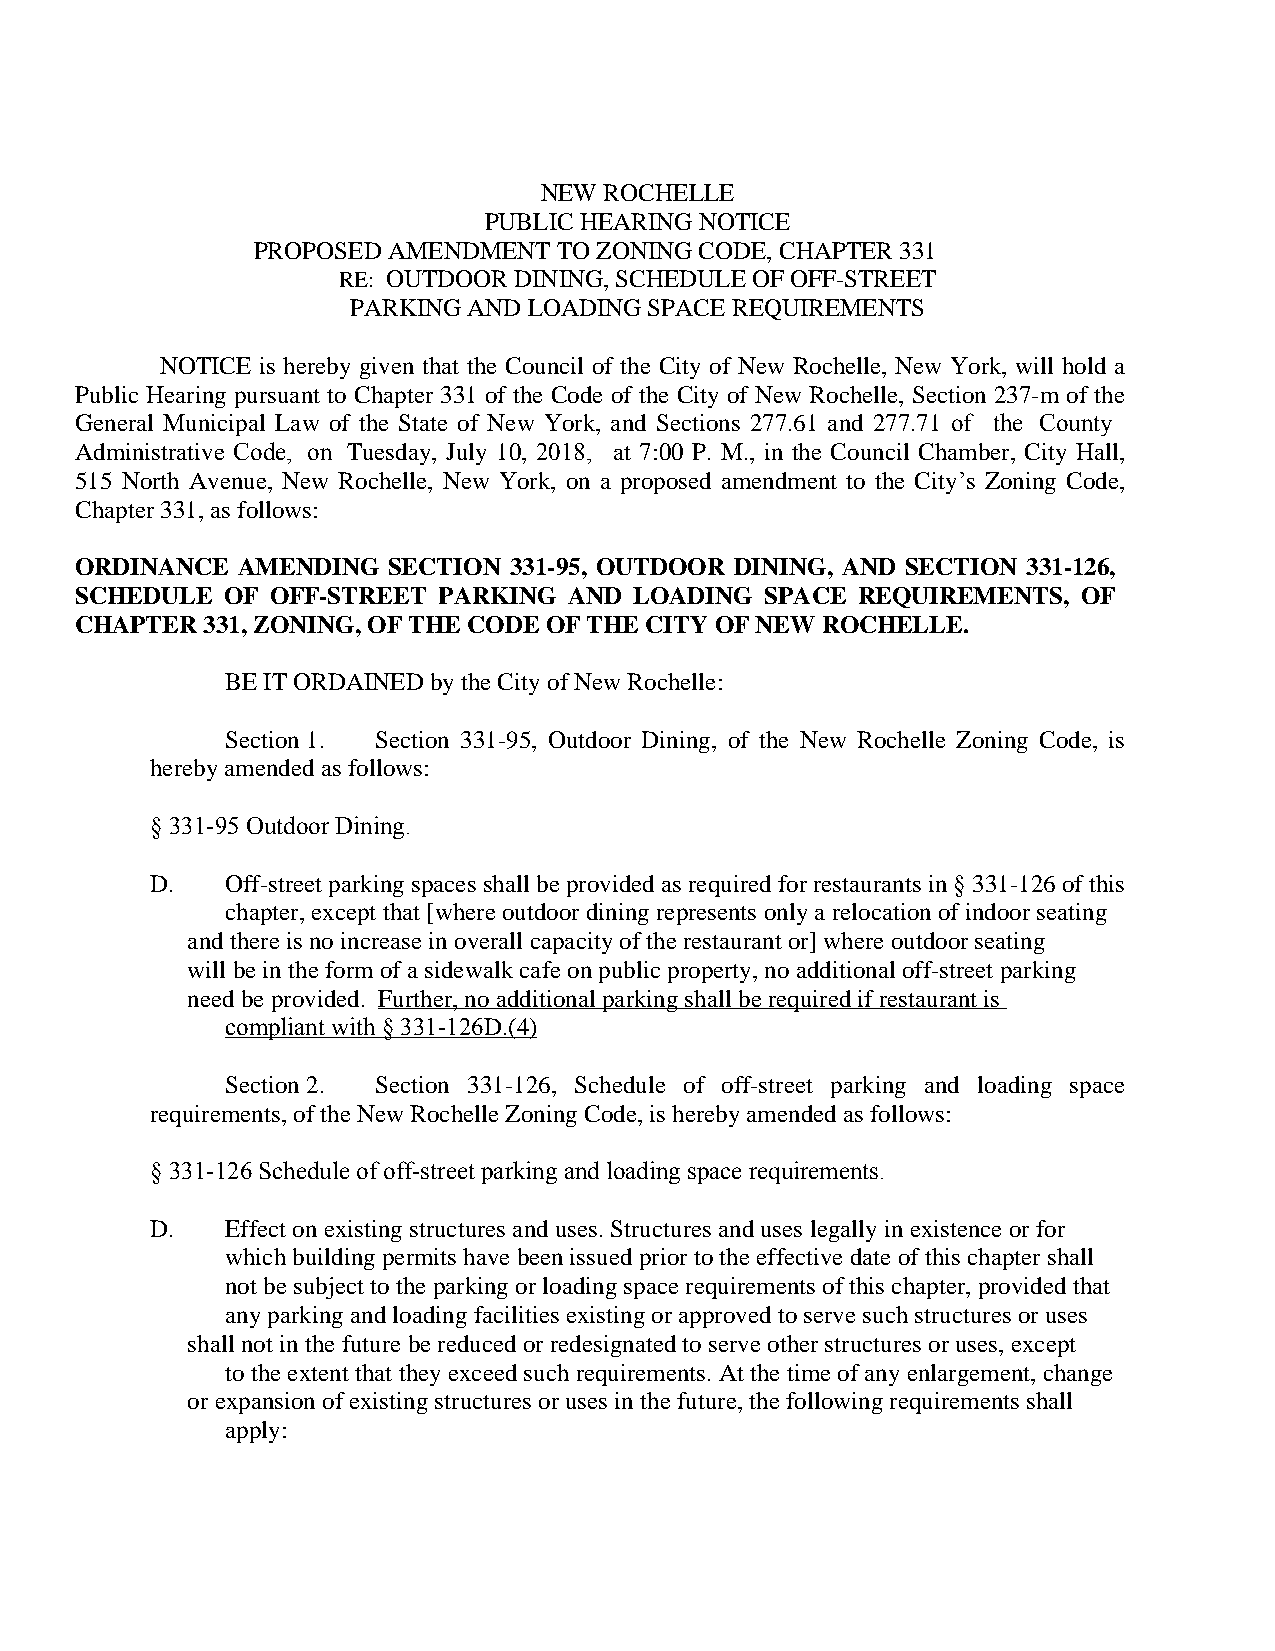
NEW ROCHELLE
 PUBLIC HEARING NOTICE
 PROPOSED AMENDMENT  TO ZONING CODE, CHAPTER 331
 RE: OUTDOOR DINING, SCHEDULE OF OFF-STREET
 PARKING AND LOADING SPACE REQUIREMENTS
 NOTICE is hereby given that the Council of the City of New Rochelle, New York, will hold a
 Public Hearing pursuant to Chapter 331 of the Code of the City of New Rochelle, Section 237-m of the
 General Municipal Law of the State of New York, and Sections 277.61 and 277.71 of the County
 Administrative Code, on Tuesday, July 10, 2018, at 7:00 P. M., in the Council Chamber, City Hall,
 515 North Avenue, New Rochelle, New York, on a proposed amendment to the City’s Zoning Code,
 Chapter 331, as follows:
 ORDINANCE  AMENDING  SECTION 331-95, OUTDOOR DINING, AND SECTION 331-126,
 SCHEDULE  OF OFF-STREET PARKING  AND LOADING  SPACE REQUIREMENTS,  OF
 CHAPTER 331, ZONING, OF THE CODE OF THE CITY OF NEW ROCHELLE.
 BE IT ORDAINED by the City of New Rochelle:
 Section 1. Section 331-95, Outdoor Dining, of the New Rochelle Zoning Code, is
 hereby amended as follows:
 § 331-95 Outdoor Dining.
 D.   Off-street parking spaces shall be provided as required for restaurants in § 331-126 of this
 chapter, except that [where outdoor dining represents only a relocation of indoor seating
 and there is no increase in overall capacity of the restaurant or] where outdoor seating
 will be in the form of a sidewalk cafe on public property, no additional off-street parking
 need be provided. Further, no additional parking shall be required if restaurant is
 compliant with § 331-126D.(4)
 Section 2. Section 331-126, Schedule of off-street parking and loading space
 requirements, of the New Rochelle Zoning Code, is hereby amended as follows:
 § 331-126 Schedule of off-street parking and loading space requirements.
 D.   Effect on existing structures and uses. Structures and uses legally in existence or for
 which building permits have been issued prior to the effective date of this chapter shall
 not be subject to the parking or loading space requirements of this chapter, provided that
 any parking and loading facilities existing or approved to serve such structures or uses
 shall not in the future be reduced or redesignated to serve other structures or uses, except
 to the extent that they exceed such requirements. At the time of any enlargement, change
 or expansion of existing structures or uses in the future, the following requirements shall
 apply: